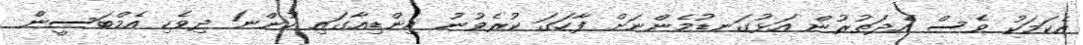
އެކަމަކު ވެސް އެދަތުރުން އަޅުގަނޑުމެންނަށް ފާހަގަ ކުރެވުނު އިންޑިއާގައި ހުންނަ ދިވެހި އެމްބަސީން